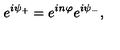
e ^ { i \psi _ { + } } = e ^ { i n \varphi } e ^ { i \psi _ { - } } ,